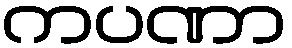
ကပဏာ